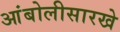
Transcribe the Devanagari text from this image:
आंबोलीसारखे